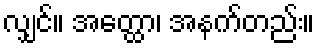
လျှင်။ အတ္ထော၊ အနက်တည်း။